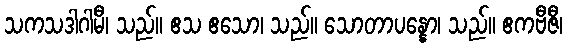
သကသဒါဂါမီ၊ သည်။ ဧသ ဧသော၊ သည်။ သောတာပန္နော၊ သည်။ ဧကဗီဇီ၊